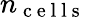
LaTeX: n_{\mathrm{~c~e~l~l~s~}}